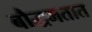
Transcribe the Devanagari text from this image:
बौद्धमतात